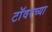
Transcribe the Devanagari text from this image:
टाॅवरच्या